Lock hospitals Punjab
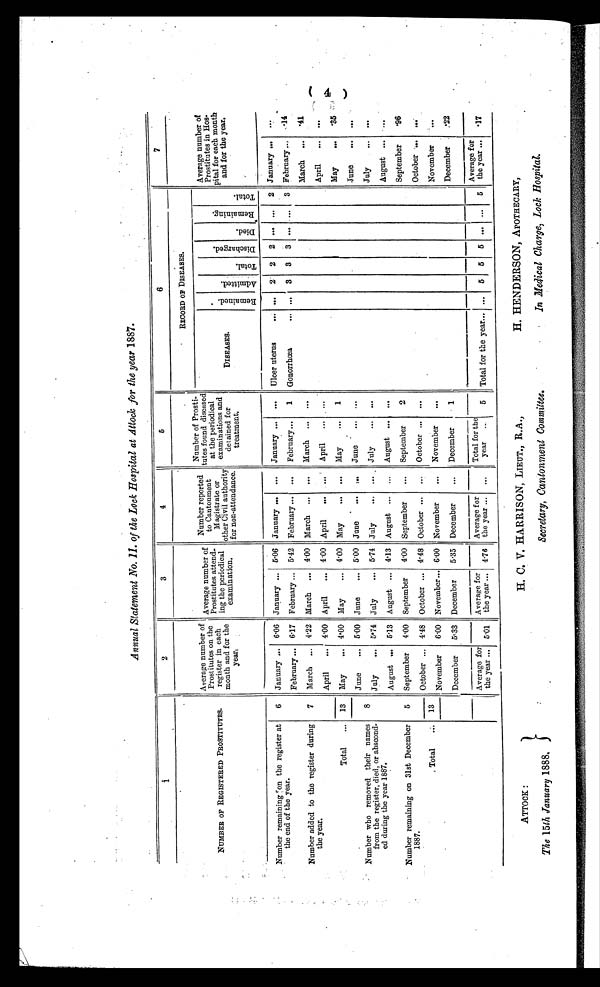
Annual Statement No. 11. of the Lock Hospital at Attock for the year 1887.
1
2
3
4
5
6
7
NUMBER OF REGISTERED PROSTITUTES.
Average number of
Prostitutes on the
register in each
month and for the
year,
Average number of prostitutes attend
ing the periodical
examination.
Number
r e p o r t e d t o c a n t o n m e n t M a g i s t r a t e o r
other Civil authority
for non-attendance.
Number of
Pr o s t i t u t e s f o u n d d i s e a s e d a t t h e p e r i o d i c a l e x a mi n a t i o n s a n d d e t a i n e d f o r
treatment.
RECORD OF DISEASES.
Average number of
Prostitutes in Hos-
pital for each month
and for the year.
DISEASES.
R e m a i n e d .
A d m i t t e d .
T o t a l . .
D i s c h a r g e d .
D i e d .
Re ma i n i n g .
T o t a l .
Number remaining on the register at
the end of the year.
6 January ... 6.06 January ... 5.06 January ... ... January ... ...
Ulcer uterus
2 2 2 ... ... 2 January ... ...
February ... 6.17 February ... 5.42 February ... ...
February ...
1 Gonorrhœa
. . . . . . 3 3 3 ... ... 3 February ..,
. 14
Number added to the register during
the year.
7 March ... 4.22 March ... 4.00 March ... ... March ... ...
March ...
. 4 1
April
... 4.00 April
... 4.00 April
...
April ... ...
April
... ...
Total
... 13 May
... 4.00 May
... 4.00 May
... ... May
...
1
May ...
35
8
June
... 5 .00 June
... 5.00 June
...
. . . June
... ...
June
...
. . .
Number who removed their names
from the register, died, or abscond-
ed. during the year 1887.
July
... 5.74 July
... 5.74 July
...
July
... ...
July
...
. . .
August ... 5.13 August ... 4.13 August ... ... August ...
. . .
August ...
Number remaining on 31st December
1887.
5 September 4.00 September
4.00 September
... September
2
September
. 9 6
October ... 4.48 October ... 4.48 October ... ... October ... ...
October ... ...
Total
. . . 13
November
6.00 November... 6.00 November
... November
...
November
. . .
December
5. 33 December
5.35 December
... December
1
December
. 2 2
Average for
the year ... 5.01
Average for
the year ... 4.76
Average for
the year ... ...
Total for the
year ...
5 Total for the year... ... 5 5 5 ... ... 5
Average for
the year ...
. 1 7
( 4 )
ATTOCK :
The 15th January 1888.
H. C. V. HARRISON, LIEUT., R.A.,
Secretary, Cantonment Committee.
H. HENDERSON, APOTHECARY,
In Medical Charge, Lock Hospital.